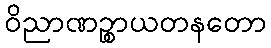
ဝိညာဏဉ္စာယတနတော